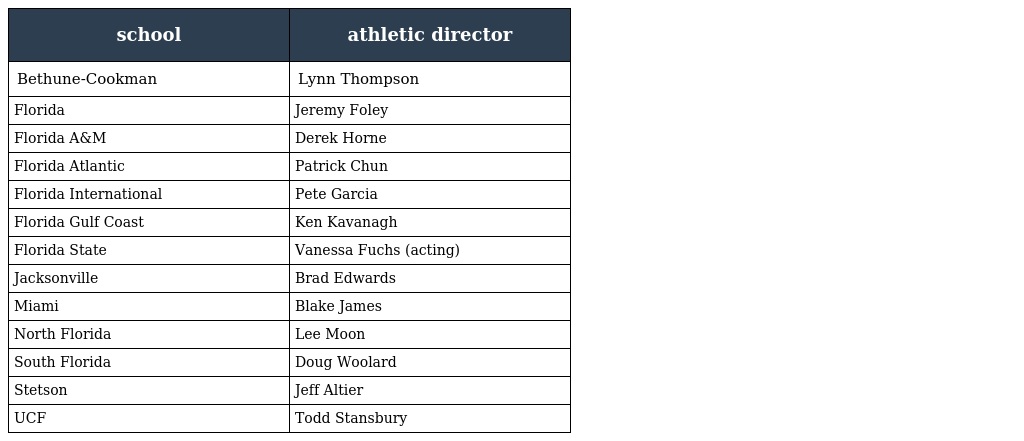
| school | athletic director |
 | --- | --- |
 | Bethune-Cookman | Lynn Thompson |
 | Florida | Jeremy Foley |
 | Florida A&M | Derek Horne |
 | Florida Atlantic | Patrick Chun |
 | Florida International | Pete Garcia |
 | Florida Gulf Coast | Ken Kavanagh |
 | Florida State | Vanessa Fuchs (acting) |
 | Jacksonville | Brad Edwards |
 | Miami | Blake James |
 | North Florida | Lee Moon |
 | South Florida | Doug Woolard |
 | Stetson | Jeff Altier |
 | UCF | Todd Stansbury |